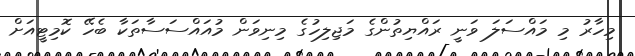
މިހާރު މި މައްސަލަ ވަނީ ރައްޔިތުންގެ މަޖިލިހުގެ މިނިވަން މުއައްސަސާތަކާ ބެހޭ ކޮމިޓީއަށް